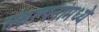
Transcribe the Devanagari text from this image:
संकल्पनांमध्ये